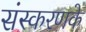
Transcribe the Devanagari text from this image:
संस्‍करणके